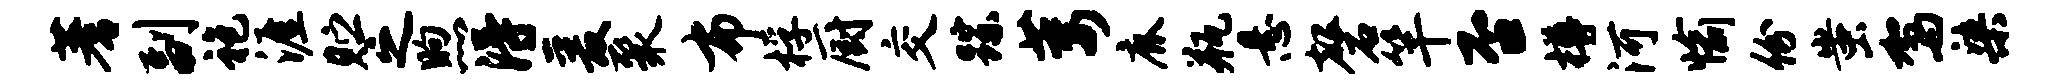
蓍副袍涯贮之煦得爰聚布桴厨交踪萎鹿瓶悬磬竿否樽河愉份蚩驾染